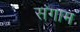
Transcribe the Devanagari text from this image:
संगाम